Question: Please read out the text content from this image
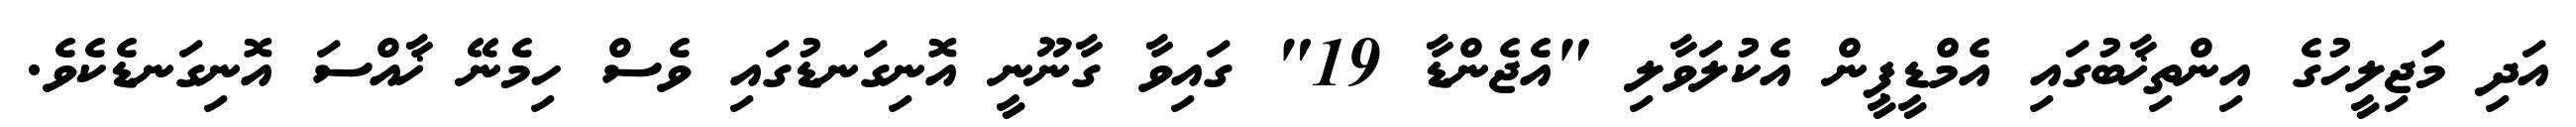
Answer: އަދި މަޖިލީހުގެ އިންތިޚާބުގައި އެމްޑީޕީން އެކުލަވާލި "އެޖެންޑާ 19" ގައިވާ ގާނޫނީ އޮނިގަނޑުގައި ވެސް ހިމެނޭ ޚާއްސަ އޮނިގަނޑެކެވެ.